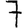
Digit: 7